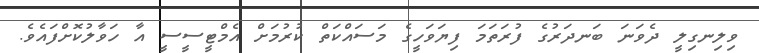
ވިލިނގިލީ ދެވަނަ ބަނދަރުގެ ފުރަތަމަ ފިޔަވަހީގެ މަސައްކަތް ކުރުމަށް އެމްޓީސީސީ އާ ހަވާލުކޮށްފައެވެ.